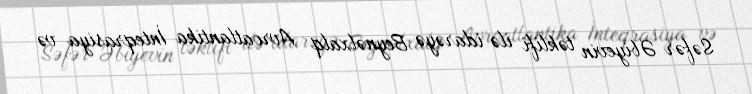
Səfər Əbiyevin təklifi ilə idarəyə Beynəlxalq Avroatlantika İnteqrasiya və